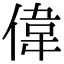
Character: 偉